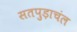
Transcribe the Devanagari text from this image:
सतपुड़ाचंल